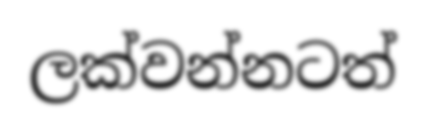
ලක්වන්නටත්